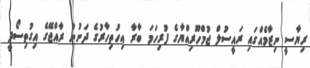
ރިޔާސީ ނިޒާމެއްގައި ރައީސުލް ޖުމްހޫރިއްޔާގެ ފުރިހަމަ ބާރާ އިހުތިހާރުގެ ދަށުން ރާއްޖޭގެ އިގުތިސޯދީ